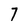
Character: 7